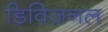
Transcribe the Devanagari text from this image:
डिविज़नल